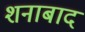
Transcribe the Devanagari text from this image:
शनाबाद